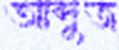
আব্দুজ